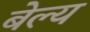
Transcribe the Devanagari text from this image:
बेल्य